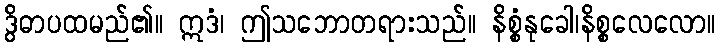
ဒွိဓာပထမည်၏။ ဣဒံ၊ ဤသဘောတရားသည်။ နိစ္စံနုခေါ၊နိစ္စလေလော။